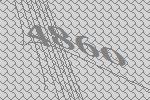
4860